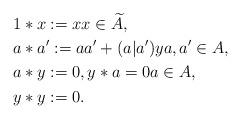
LaTeX: \begin{align*}&1*x:=x x \in \widetilde{A},\\&a*a':=aa'+(a|a')y a,a' \in A,\\&a*y:=0, y*a=0 a \in A, \\&y*y:=0. \end{align*}